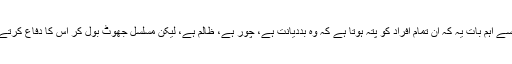
سب سے اہم بات یہ کہ ان تمام افراد کو پتہ ہوتا ہے کہ وہ بددیانت ہے، چور ہے، ظالم ہے، لیکن مسلسل جھوٹ بول کر اس کا دفاع کرتے ہیں۔